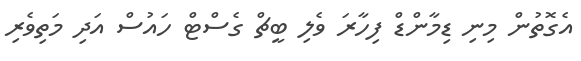
އެގޮތުން މިނި ޑިމާންޑް ފިހާރަ ވެލި ބީޗް ގެސްޓް ހައުސް އަދި މަތިވެރި